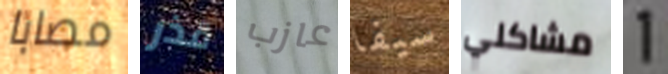
مصابا قذر عازب سيفا مشاكلي 1